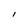
Character: I